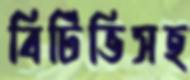
বিটিভিসহ